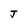
Character: J